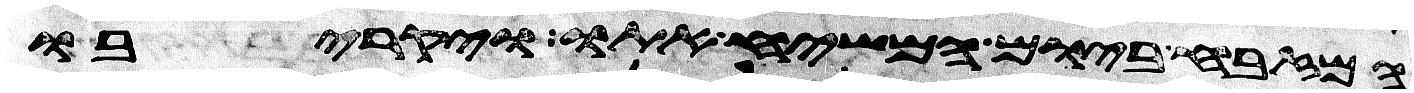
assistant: המזבח ביום המשיח אתו ויקריבו